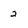
Character: 2